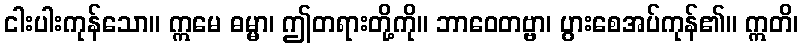
ငါးပါးကုန်သော။ ဣမေ ဓမ္မာ၊ ဤတရားတို့ကို။ ဘာဝေတဗ္ဗာ၊ ပွားစေအပ်ကုန်၏။ ဣတိ၊